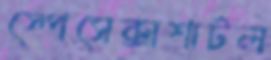
স্পেসেক্সশাটল